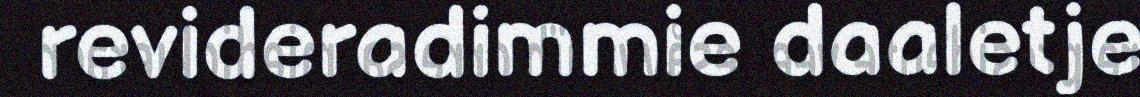
revideradimmie daaletje